Annual report of the Imperial Bacteriologist
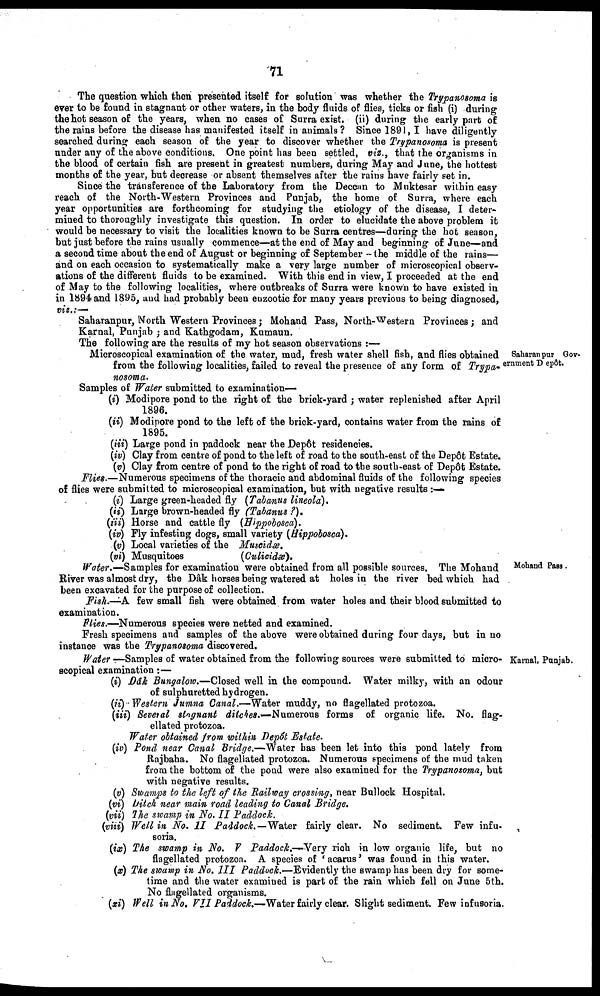
71
The question which then presented itself for solution was whether the Trypanosoma is
ever to be found in stagnant or other waters, in the body fluids of flies, ticks or fish (i) during
the hot season of the years, when no cases of Surra exist. (ii) during the early part of
the rains before the disease has manifested itself in animals ? Since 1891, I have diligently
searched during each season of the year to discover whether the Trypanosoma is present
under any of the above conditions. One point has been settled, viz., that the organisms in
the blood of certain fish are present in greatest numbers, during May and June, the hottest
months of the year, but decrease or absent themselves after the rains have fairly set in.
Since the transference of the Laboratory from the Deccan to Muktesar within easy
reach of the North-Western Provinces and Punjab, the home of Surra, where each
year opportunities are forthcoming for studying the etiology of the disease, I deter-
mined to thoroughly investigate this question. In order to elucidate the above problem it
would be necessary to visit the localities known to be Surra centres—during the hot season,
but just before the rains usually commence—at the end of May and beginning of June—and
a second time about the end of August or beginning of September -the middle of the rains—
and on each occasion to systematically make a very large number of microscopical observ-
ations of the different fluids to be examined. With this end in view, I proceeded at the end
of May to the following localities, where outbreaks of Surra were known to have existed in
in 1894 and 1895, and had probably been enzootic for many years previous to being diagnosed,
viz.:—
Saharanpur Gov-
ernment Depôt.
Saharanpur, North Western Provinces ; Mohand Pass, North-Western Provinces ; and
Karnal, Punjab ; and Kathgodam, Kumaun.
The following are the results of my hot season observations :—
Microscopical examination of the water, mud, fresh water shell fish, and flies obtained
from the following localities, failed to reveal the presence of any form of Trypa¬
nosoma.
Samples of Water submitted to examination—
(i) Modipore pond to the right of the brick-yard ; water replenished after April
1896.
(ii) Modipore pond to the left of the brick-yard, contains water from the rains of
1895.
(iii) Large pond in paddock near the Dep6t residencies.
(iv) Clay from centre of pond to the left of road to the south-east of the Depôt Estate.
(v) Clay from centre of pond to the right of road to the south-east of Depôt Estate.
Flies.—Numerous specimens of the thoracic and abdominal fluids of the following species
of flies were submitted to microscopical examination, but with negative results :—
(i) Large green-headed fly (Tabanus lineola).
(ii) Large brown-headed fly (Tabanus ?).
(iii) Horse and cattle fly (Hippobosca).
(iv) Fly infesting dogs, small variety (Hippobosca).
(v) Local varieties of the Muscidæ.
(vi) Musquitoes
(Culicidæ).
Mohand Pass.
Water.–Samples for examination were obtained from all possible sources. The Mohand
River was almost dry, the Dâk horses being watered at holes in the river bed which had
been excavated for the purpose of collection.
Fish.—A few small fish were obtained from water holes and their blood submitted to
examination.
Flies.—Numerous species were netted and examined.
Fresh specimens and samples of the above were obtained during four days, but in no
instance was the Trypanosoma discovered.
Karnal, Punjab.
Water —Samples of water obtained from the following sources were submitted to micro-
scopical examination :—
(i) Dâk Bungalow.—Closed well in the compound. Water milky, with an odour
of sulphuretted hydrogen.
(ii) Western Jumna Canal.—Water muddy, no flagellated protozoa.
(iii) Several stagnant ditches.—Numerous forms of organic life. No. flag-
ellated protozoa.
Water obtained from within Depôt Estate.
(iv) Pond near Canal Bridge.—Water has been let into this pond lately from
Rajbaha. No flagellated protozoa. Numerous specimens of the mud taken
from the bottom of the pond were also examined for the Trypanosoma, but
with negative results.
(v) Swamps to the left of the Railway crossing, near Bullock Hospital.
(vi) Ditch near main road leading to Canal Bridge.
(vii) The swamp in No. II Paddock.
(viii) Well in No. II Paddock.—Water fairly clear. No sediment. Few infu-
soria.
(ix) The swamp in No. V Paddock.–Very rich in low organic life, but no
flagellated protozoa. A species of 'acarus' was found in this water.
(x) The swamp in No. III Paddock.—Evidently the swamp has been dry for some-
time and the water examined is part of the rain which fell on June 5th.
No flagellated organisms.
(xi) Well in No. VII Paddock.—Water fairly clear. Slight sediment. Few infusoria.